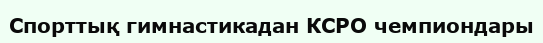
Спорттық гимнастикадан КСРО чемпиондары